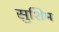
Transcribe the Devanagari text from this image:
सुशिम